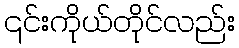
၎င်းကိုယ်တိုင်လည်း